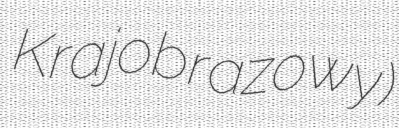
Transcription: Krajobrazowy)